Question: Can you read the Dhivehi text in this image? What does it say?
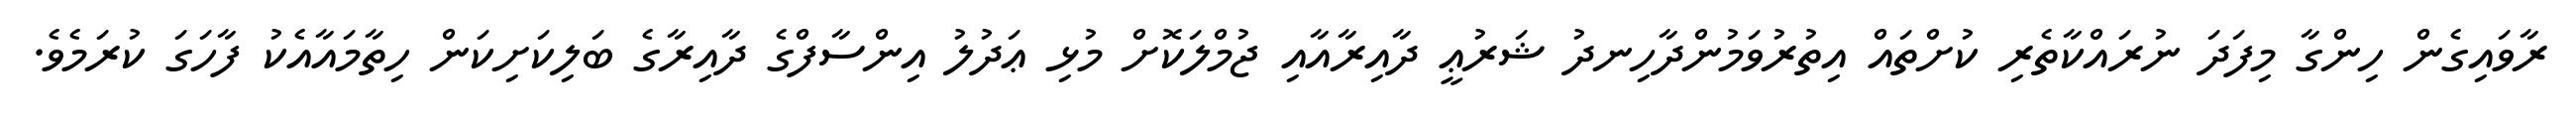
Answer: ރާވައިގެން ހިންގާ މިފަދަ ނުރައްކާތެރި ކުށްތައް އިތުރުވަމުންދާހިނދު ޝަރުޢީ ދާއިރާއާއި ޖުމްލަކޮށް މުޅި ޢަދުލު އިންސާފްގެ ދާއިރާގެ ބަލިކަށިކަން ހިތާމައާއެކު ފާހަގަ ކުރަމެވެ.